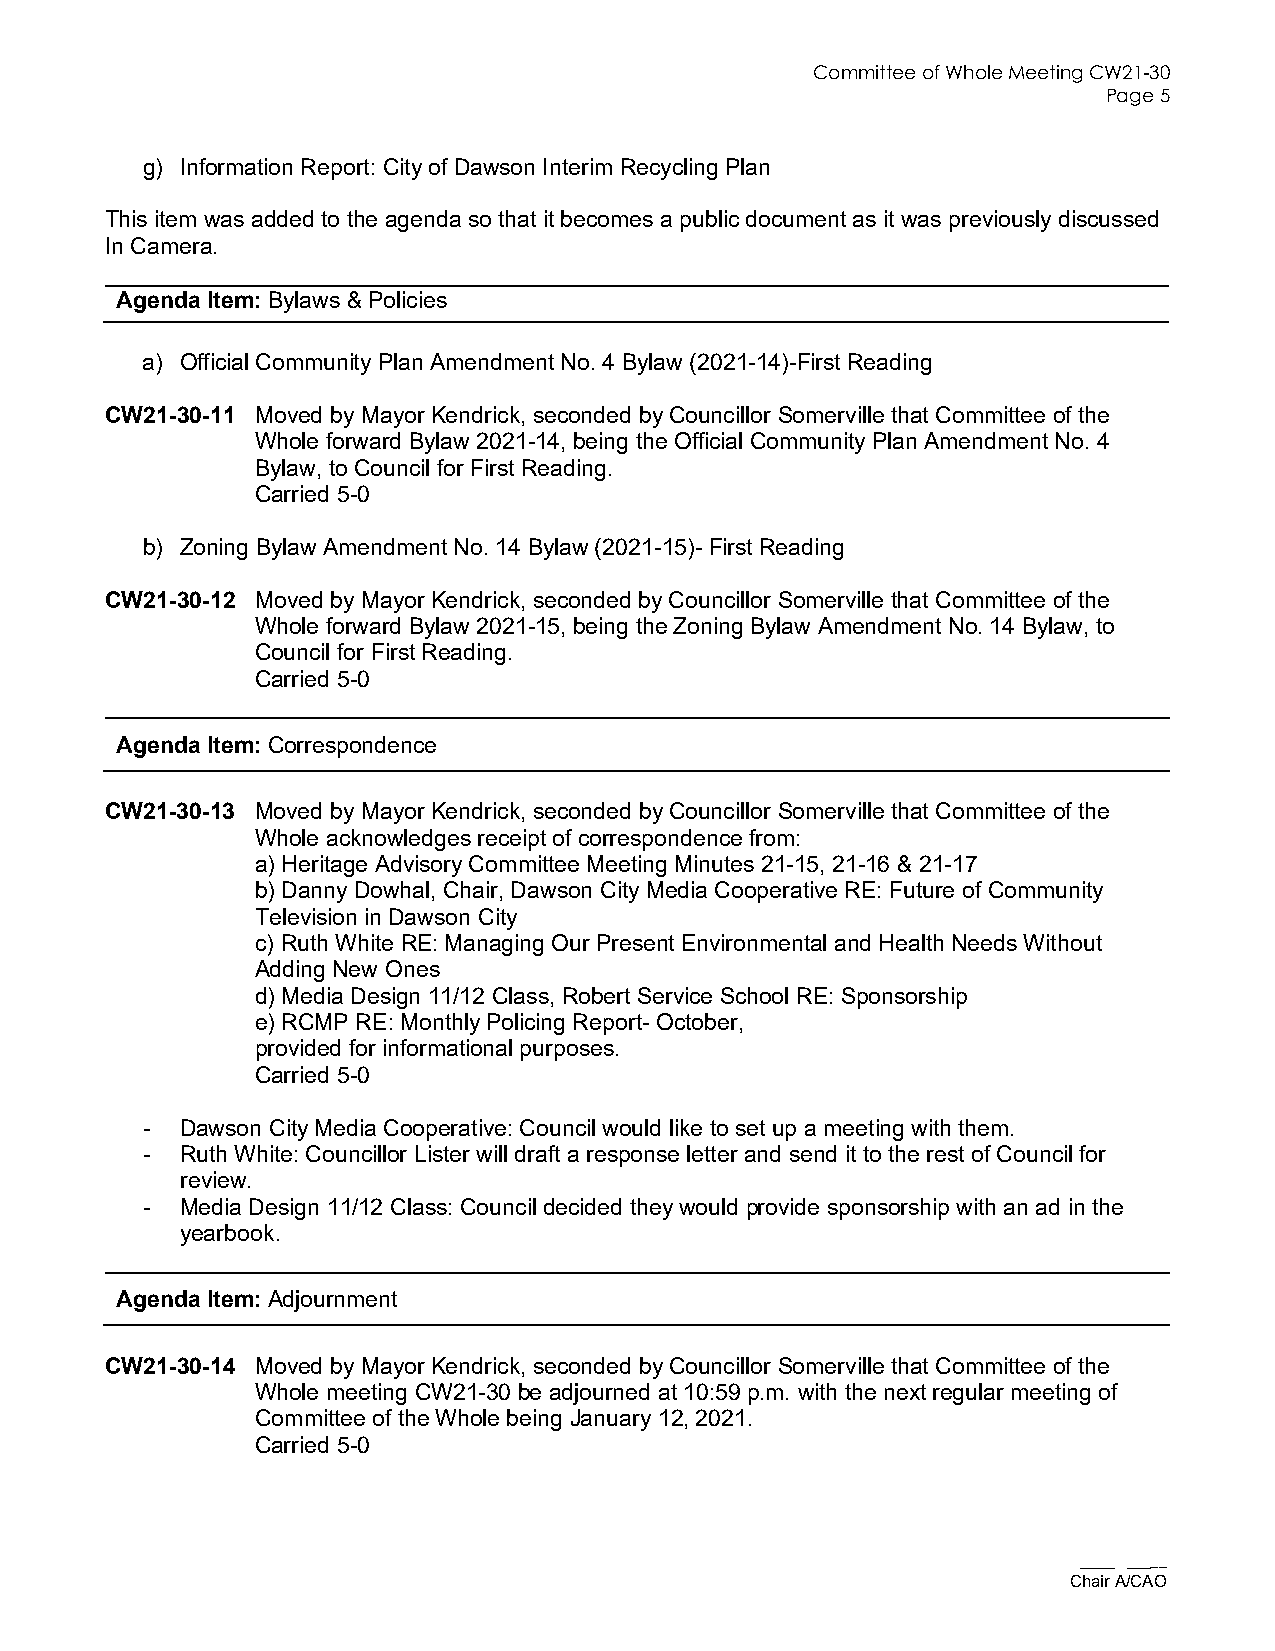
Committee of Whole Meeting CW21-30
 Page 5
 g) Information Report: City of Dawson Interim Recycling Plan
 This item was added to the agenda so that it becomes a public document as it was previously discussed
 In Camera.
 Agenda Item: Bylaws & Policies
 a) Official Community Plan Amendment No. 4 Bylaw (2021-14)-First Reading
 CW21-30-11 Moved by Mayor Kendrick, seconded by Councillor Somerville that Committee of the
 Whole forward Bylaw 2021-14, being the Official Community Plan Amendment No. 4
 Bylaw, to Council for First Reading.
 Carried 5-0
 b) Zoning Bylaw Amendment No. 14 Bylaw (2021-15)- First Reading
 CW21-30-12 Moved by Mayor Kendrick, seconded by Councillor Somerville that Committee of the
 Whole forward Bylaw 2021-15, being the Zoning Bylaw Amendment No. 14 Bylaw, to
 Council for First Reading.
 Carried 5-0
 Agenda Item: Correspondence
 CW21-30-13 Moved by Mayor Kendrick, seconded by Councillor Somerville that Committee of the
 Whole acknowledges receipt of correspondence from:
 a) Heritage Advisory Committee Meeting Minutes 21-15, 21-16 & 21-17
 b) Danny Dowhal, Chair, Dawson City Media Cooperative RE: Future of Community
 Television in Dawson City
 c) Ruth White RE: Managing Our Present Environmental and Health Needs Without
 Adding New Ones
 d) Media Design 11/12 Class, Robert Service School RE: Sponsorship
 e) RCMP RE: Monthly Policing Report- October,
 provided for informational purposes.
 Carried 5-0
 -  Dawson City Media Cooperative: Council would like to set up a meeting with them.
 -  Ruth White: Councillor Lister will draft a response letter and send it to the rest of Council for
 review.
 -  Media Design 11/12 Class: Council decided they would provide sponsorship with an ad in the
 yearbook.
 Agenda Item: Adjournment
 CW21-30-14 Moved by Mayor Kendrick, seconded by Councillor Somerville that Committee of the
 Whole meeting CW21-30 be adjourned at 10:59 p.m. with the next regular meeting of
 Committee of the Whole being January 12, 2021.
 Carried 5-0
 ___ ____
 Chair A/CAO